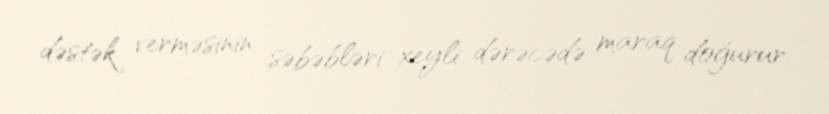
dəstək verməsinin səbəbləri xeyli dərəcədə maraq doğurur.